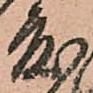
度